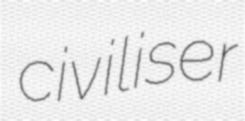
civiliser